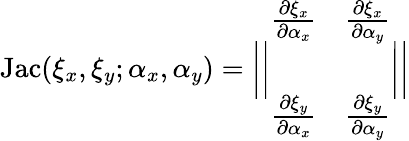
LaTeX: \mathrm{Jac}(\xi_{x},\xi_{y};\alpha_{x},\alpha_{y})=\bigg|\bigg|\begin{array}{cc}{\frac{\partial\xi_{x}}{\partial\alpha_{x}}}&{\frac{\partial\xi_{x}}{\partial\alpha_{y}}}\\ {\mathrm{~}}&{\mathrm{~}}\\ {\frac{\partial\xi_{y}}{\partial\alpha_{x}}}&{\frac{\partial\xi_{y}}{\partial\alpha_{y}}}\end{array}\bigg|\bigg|